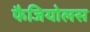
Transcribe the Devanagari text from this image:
फैजियोलस